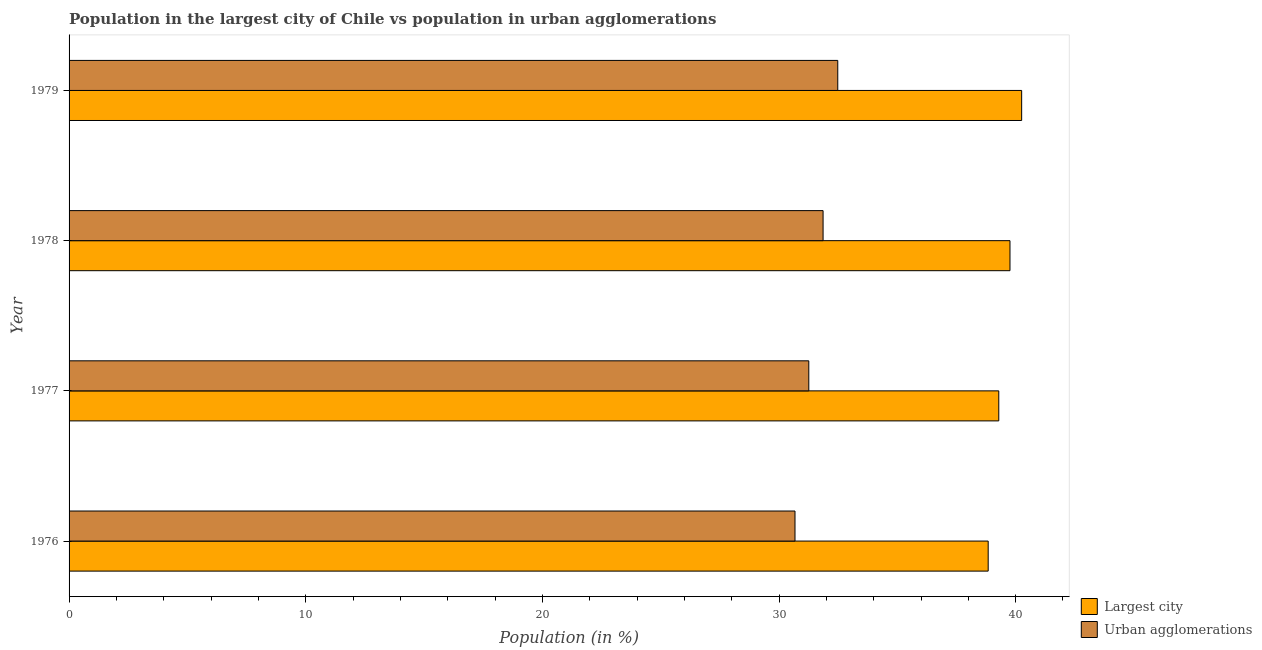
| Year | Largest city | Urban agglomerations |
 | --- | --- | --- |
 | 1976 | 38.8 | 30.7 |
 | 1977 | 39.3 | 31.3 |
 | 1978 | 39.8 | 31.9 |
 | 1979 | 40.3 | 32.5 |